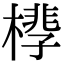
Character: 𪳧